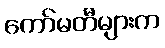
ကော်မတီများက